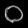
Digit: ၀